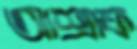
আশ্রাফ